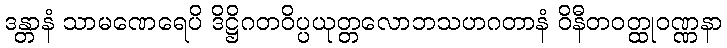
ဒန္တာနံ သာမဏေရေပိ ဒိဋ္ဌိဂတဝိပ္ပယုတ္တလောဘသဟဂတာနံ ဝိနီတဝတ္ထုဝဏ္ဏနာ